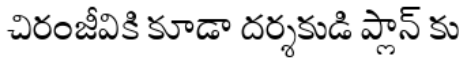
చిరంజీవికి కూడా దర్శకుడి ప్లాన్ కు